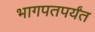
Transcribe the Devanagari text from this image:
भागपतपर्यंत